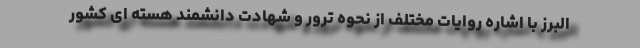
البرز با اشاره روایات مختلف از نحوه ترور و شهادت دانشمند هسته ای کشور